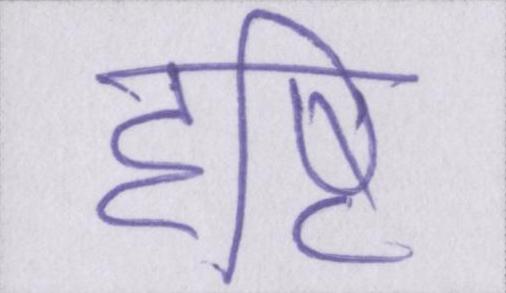
दृष्टि